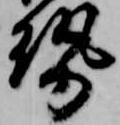
勢